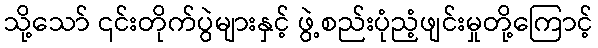
သို့သော် ၎င်းတိုက်ပွဲများနှင့် ဖွဲ့စည်းပုံညံ့ဖျင်းမှုတို့ကြောင့်